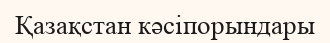
Қазақстан кәсіпорындары